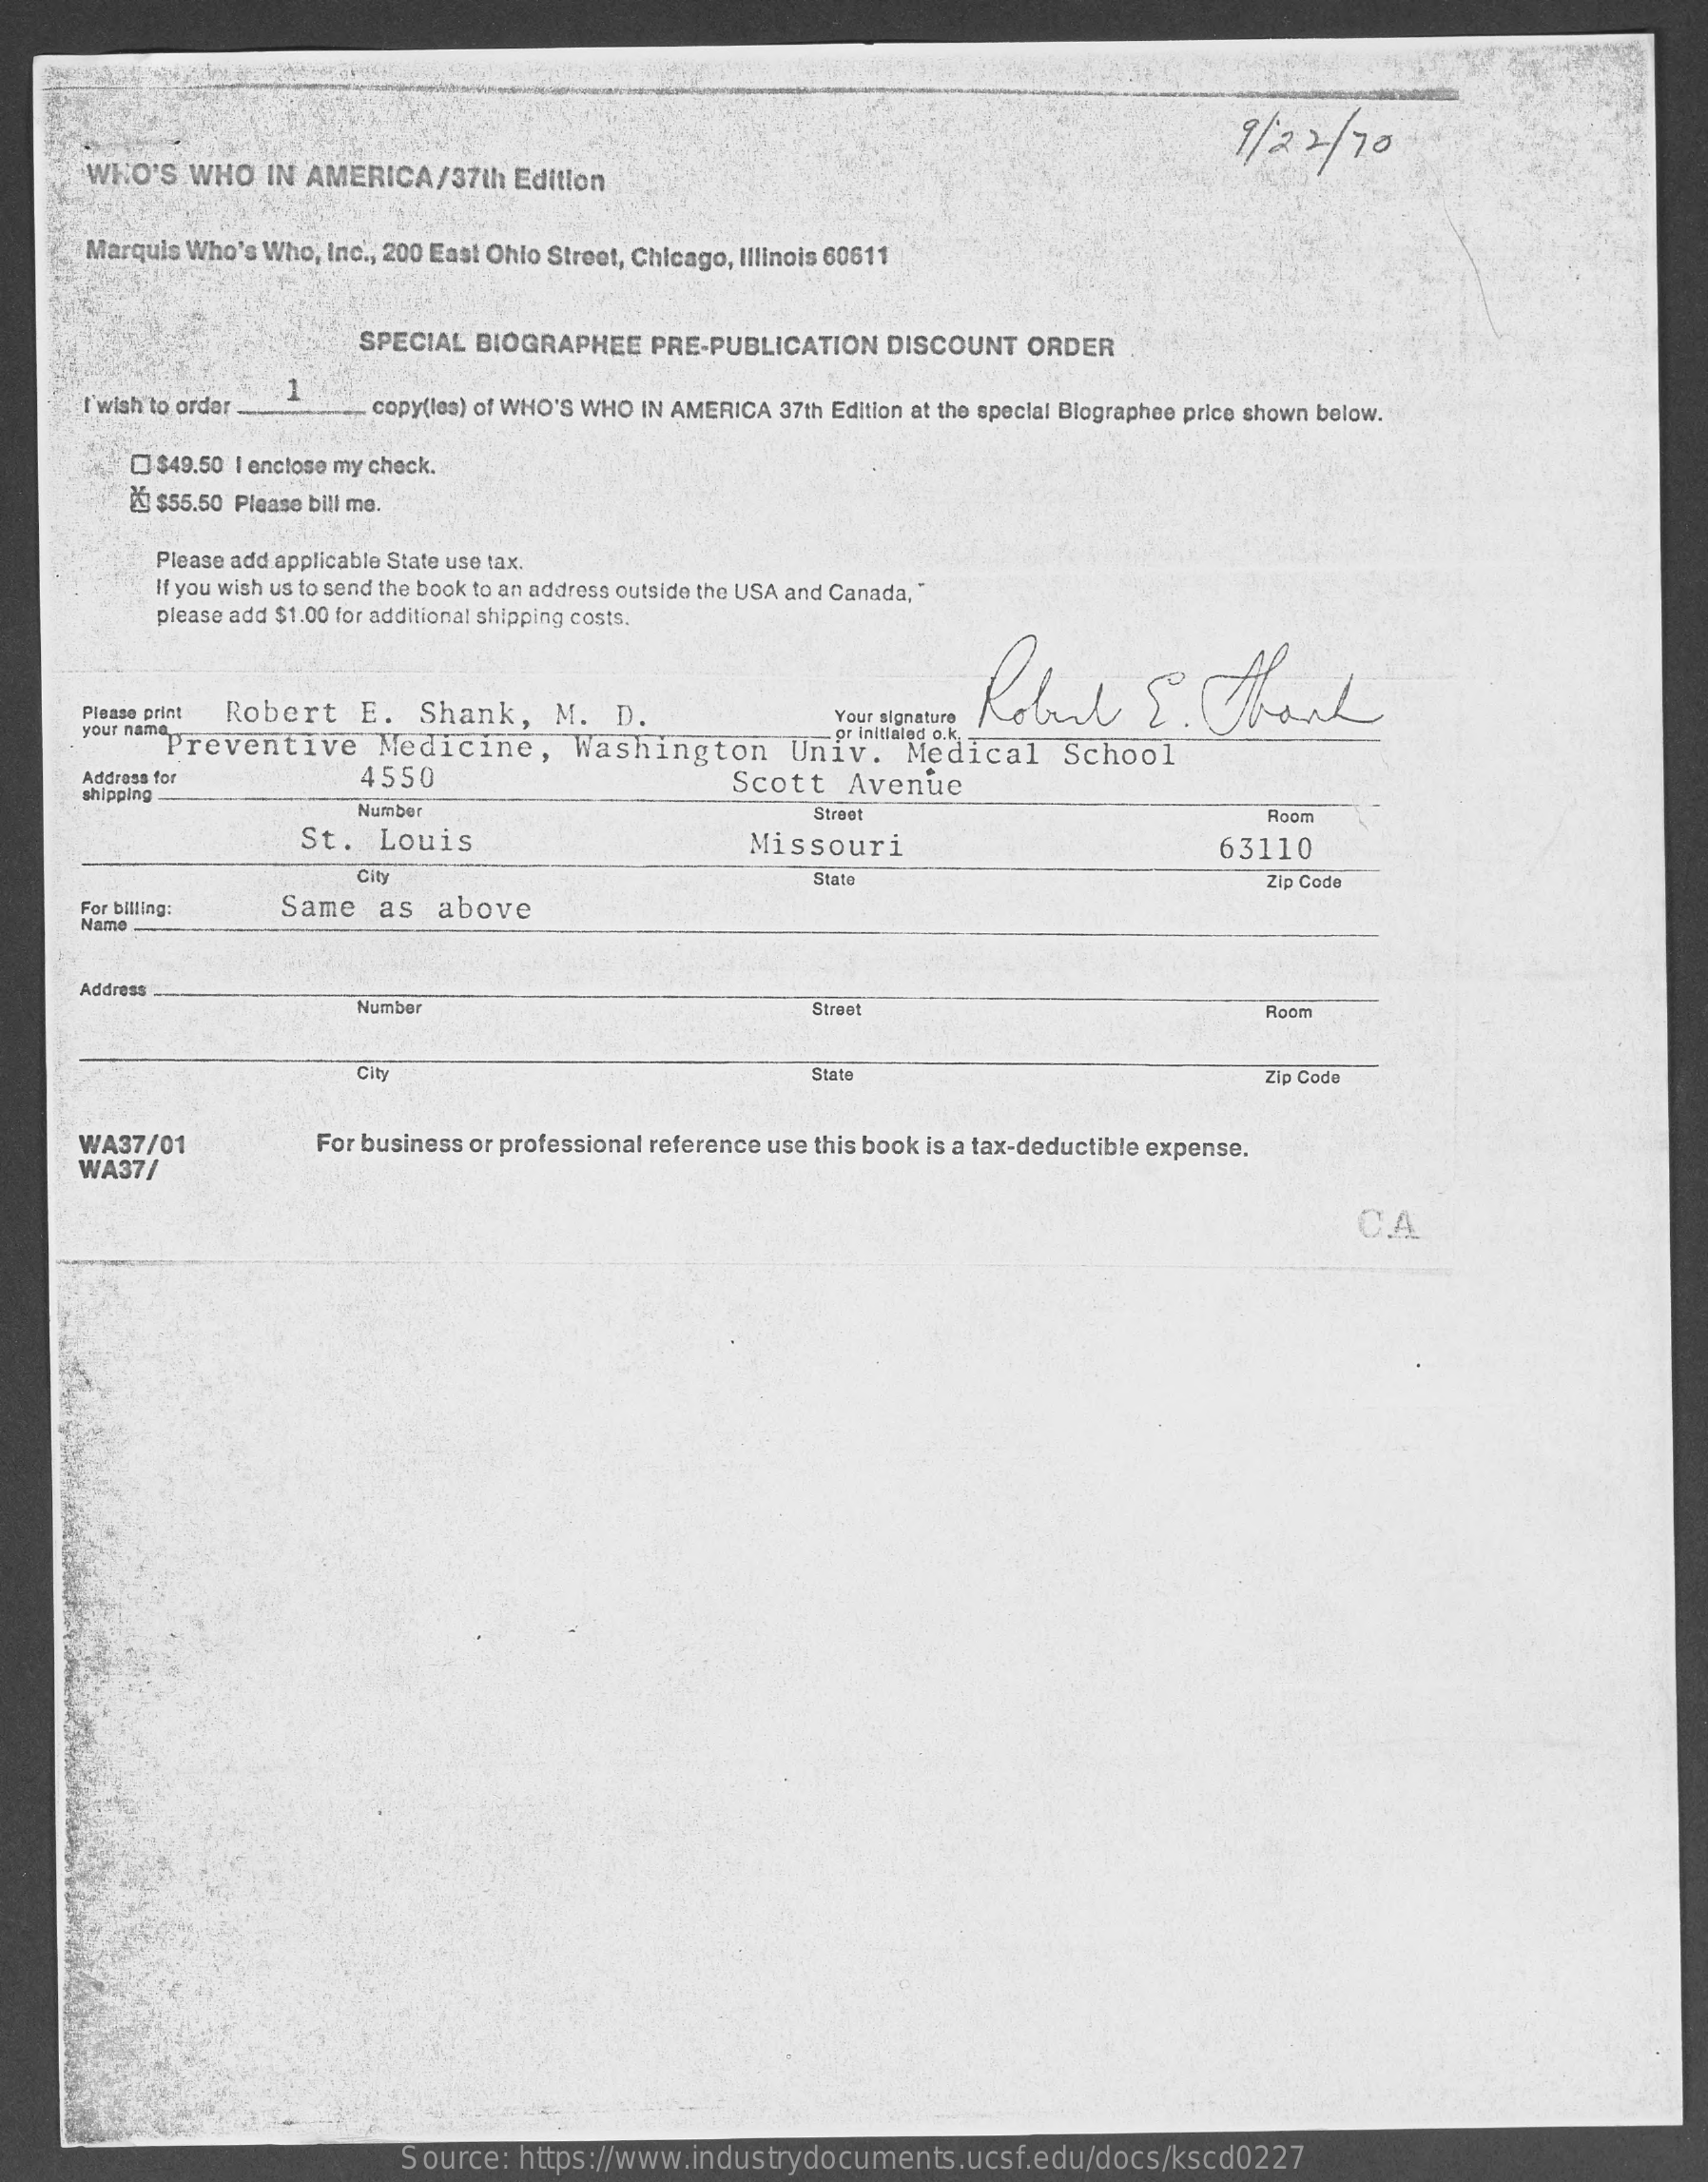
9/22/   70
     WHO'S WHO  IN AMERICA/37th  Edition
     Marquis Who's Who, Inc ., 200 East Ohio Street, Chicago, Illinois 60611
     SPECIAL BIOGRAPHEE PRE-PUBLICATION DISCOUNT ORDER
     I'wish to order.
     1
     copy(les) of WHO'S WHO IN AMERICA 37th Edition at the special Biographee price shown below.
     $49.50 I enclose my check.
     ₦ $55.50 Please bill me.
     Please add applicable State use tax.
     If you wish us to send the book to an address outside the USA and Canada,
     please add $1.00 for additional shipping costs.
     Robul    S.  Thank
     Please print Robert E. Shank, M.  D.    Your signature
     your name,
     Preventive    Medicine,    Washington    Univ.  Medical    School
     - or initialad o.k.
     Address for    4550    Scott   Avenue
     shipping
     Number    Stroot    Room
     St.  Louis    Missouri    63110
     City    Stato    Zip Code
     For billing: Same  as  above
     Name
     Address
     Numbor    Stres    Room
     State    Zip Code
     WA37/01    For business or professional reference use this book is a tax-deductible expense.
     WA37/
     C.A
     Source: https://www.industrydocuments.ucsf.edu/docs/kscd0227